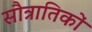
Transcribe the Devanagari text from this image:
सौत्रातिकों